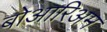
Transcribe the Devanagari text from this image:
बोआरिअम